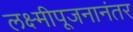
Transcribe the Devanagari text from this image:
लक्ष्मीपूजनानंतर